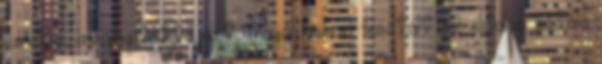
emelve, megnyitotta azt, majd lassan kisétált az oldalán sétáló